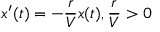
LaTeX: x ^ { \prime } ( t ) = - { \frac { r } { V } } x ( t ) , { \frac { r } { V } } > 0